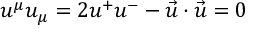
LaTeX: u ^ { \mu } u _ { \mu } = 2 u ^ { + } u ^ { - } - \vec { u } \cdot \vec { u } = 0